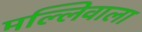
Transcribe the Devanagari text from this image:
मल्लिवाला